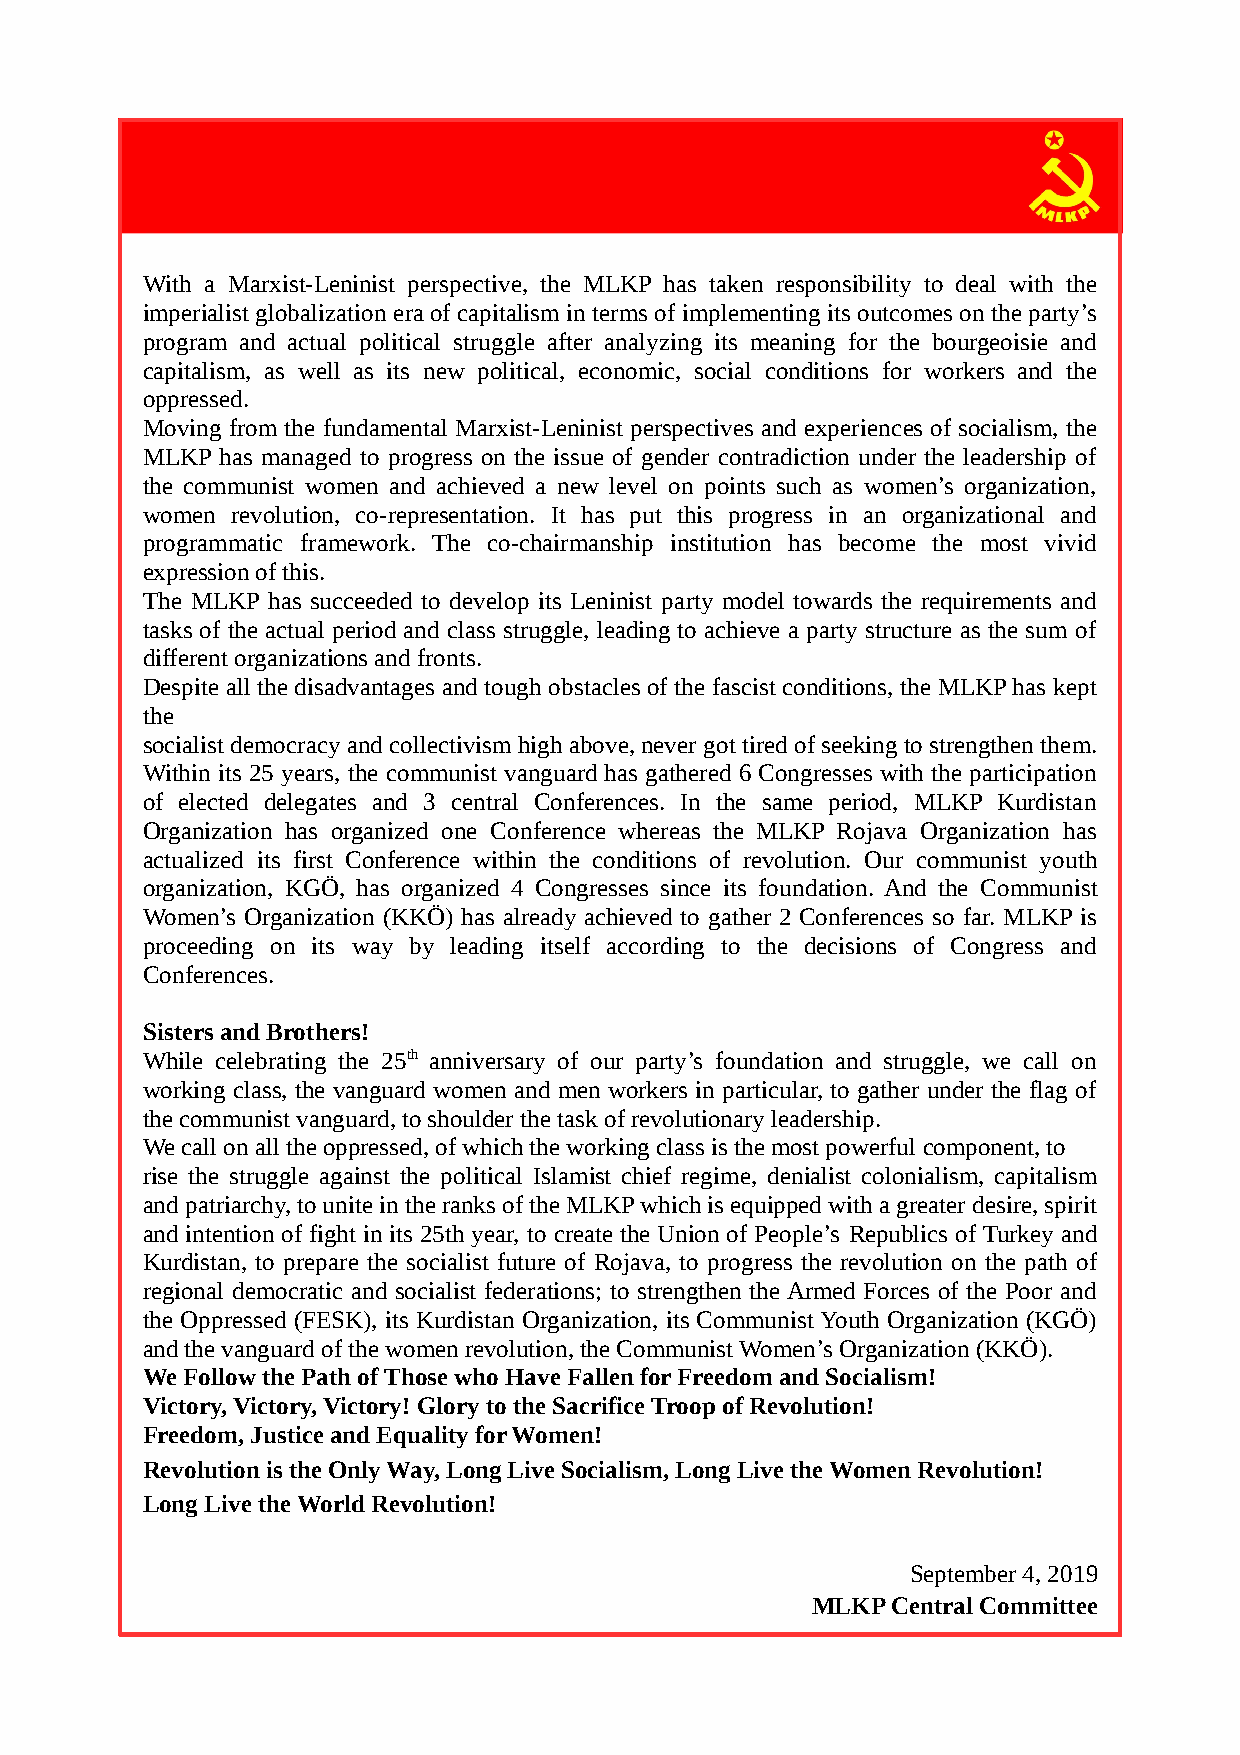
With a Marxist-Leninist perspective, the MLKP has taken responsibility to deal with the
 imperialist globalization era of capitalism in terms of implementing its outcomes on the party’s
 program and actual political struggle after analyzing its meaning for the bourgeoisie and
 capitalism, as well as its new political, economic, social conditions for workers and the
 oppressed.
 Moving from the fundamental Marxist-Leninist perspectives and experiences of socialism, the
 MLKP  has managed to progress on the issue of gender contradiction under the leadership of
 the communist women and achieved a new level on points such as women’s organization,
 women revolution, co-representation. It has put this progress in an organizational and
 programmatic framework. The co-chairmanship institution has become the most vivid
 expression of this.
 The MLKP has succeeded to develop its Leninist party model towards the requirements and
 tasks of the actual period and class struggle, leading to achieve a party structure as the sum of
 different organizations and fronts.
 Despite all the disadvantages and tough obstacles of the fascist conditions, the MLKP has kept
 the
 socialist democracy and collectivism high above, never got tired of seeking to strengthen them.
 Within its 25 years, the communist vanguard has gathered 6 Congresses with the participation
 of elected delegates and 3 central Conferences. In the same period, MLKP Kurdistan
 Organization has organized one Conference whereas the MLKP Rojava Organization has
 actualized its first Conference within the conditions of revolution. Our communist youth
 organization, KGÖ, has organized 4 Congresses since its foundation. And the Communist
 Women’s Organization (KKÖ) has already achieved to gather 2 Conferences so far. MLKP is
 proceeding on its way by leading itself according to the decisions of Congress and
 Conferences.
 Sisters and Brothers!
 While celebrating the 25th anniversary of our party’s foundation and struggle, we call on
 working class, the vanguard women and men workers in particular, to gather under the flag of
 the communist vanguard, to shoulder the task of revolutionary leadership.
 We call on all the oppressed, of which the working class is the most powerful component, to
 rise the struggle against the political Islamist chief regime, denialist colonialism, capitalism
 and patriarchy, to unite in the ranks of the MLKP which is equipped with a greater desire, spirit
 and intention of fight in its 25th year, to create the Union of People’s Republics of Turkey and
 Kurdistan, to prepare the socialist future of Rojava, to progress the revolution on the path of
 regional democratic and socialist federations; to strengthen the Armed Forces of the Poor and
 the Oppressed (FESK), its Kurdistan Organization, its Communist Youth Organization (KGÖ)
 and the vanguard of the women revolution, the Communist Women’s Organization (KKÖ).
 We Follow the Path of Those who Have Fallen for Freedom and Socialism!
 Victory, Victory, Victory! Glory to the Sacrifice Troop of Revolution!
 Freedom, Justice and Equality for Women!
 Revolution is the Only Way, Long Live Socialism, Long Live the Women Revolution!
 Long Live the World Revolution!
 September 4, 2019
 MLKP Central Committee